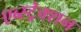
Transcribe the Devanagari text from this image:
एब्स्ट्रेक्शन